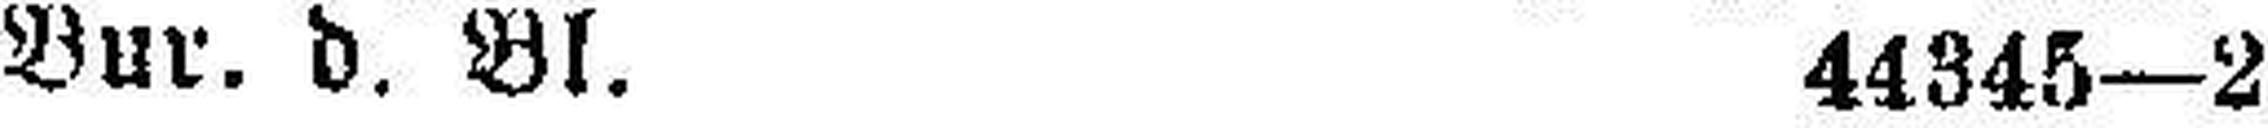
Bur. d. Bl. 44345—2